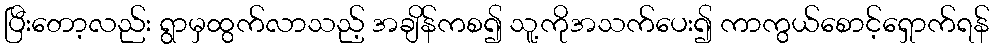
ပြီးတော့လည်း ရွာမှထွက်လာသည့် အချိန်ကစ၍ သူ့ကိုအသက်ပေး၍ ကာကွယ်စောင့်ရှောက်ရန်